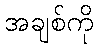
အချစ်ကို